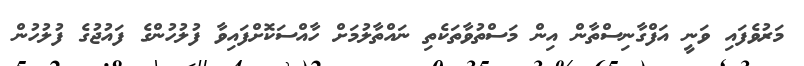
މަރުވެފައި ވަނީ އަފްގާނިސްތާން އިން މަސްތުވާތަކެތި ނައްތާލުމަށް ހާއްސަކޮށްފައިވާ ފުލުހުންގެ ފައުޖުގެ ފުލުހުން